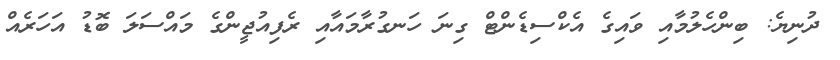
ދުނިޔެ: ބިންހެލުމާއި ވައިގެ އެކްސިޑެންޓް ގިނަ ހަނގުރާމައާއި ރެފިއުޖީންގެ މައްސަލަ ބޮޑު އަހަރެއް